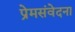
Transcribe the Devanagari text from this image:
प्रेमसंवेदना